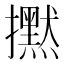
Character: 𢹇